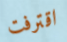
اقترفت